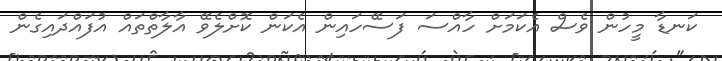
ކަނޑާ މީހުން ވެސް އެކަމަށް ހާއްސަ ފަސޭހައިން އެކަން ކޮށްލެވޭ އާލާތްތައް އުފައްދައިގެން